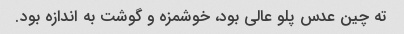
ته چین عدس پلو عالى بود، خوشمزه و گوشت به اندازه بود.